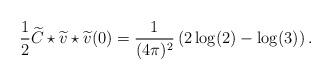
LaTeX: \begin{align*}\frac{1}{2}\widetilde{C}\star\widetilde{v}\star\widetilde{v}(0)=\frac{1}{(4\pi)^{2}}\left(2\log (2)-\log (3)\right).\end{align*}